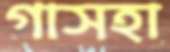
গাসহা